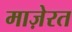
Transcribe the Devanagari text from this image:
माज़ेरत